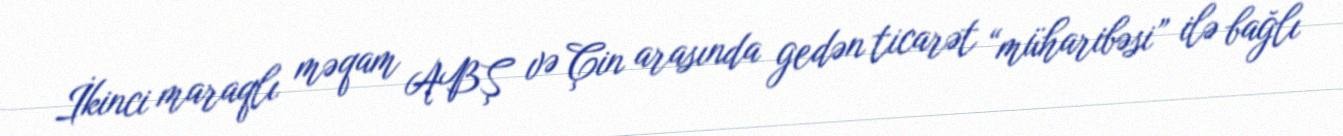
İkinci maraqlı məqam ABŞ və Çin arasında gedən ticarət “müharibəsi” ilə bağlı